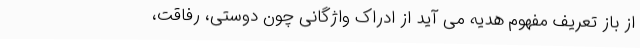
از باز تعریف مفهوم هدیه می آید از ادراک واژگانی چون دوستی، رفاقت،